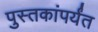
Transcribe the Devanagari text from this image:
पुस्तकांपर्यंत